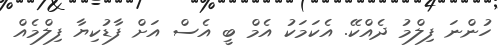
ހުންނަ ފިލްމު ދެއްކޭ. އެކަމަކު އެމް ބީ އެސް އަށް ފާޑުކިޔާ ފިލްމެއް